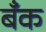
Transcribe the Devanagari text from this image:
बॅँक